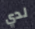
لدي